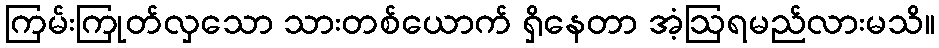
ကြမ်းကြုတ်လှသော သားတစ်ယောက် ရှိနေတာ အံ့ဩရမည်လားမသိ။